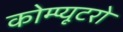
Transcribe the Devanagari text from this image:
कोम्प्यूटरो